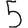
Digit: 5